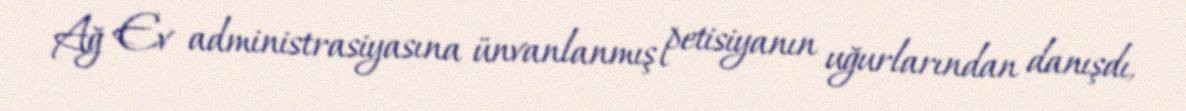
Ağ Ev administrasiyasına ünvanlanmış petisiyanın uğurlarından danışdı,